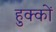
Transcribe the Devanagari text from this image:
हुक्‍कों